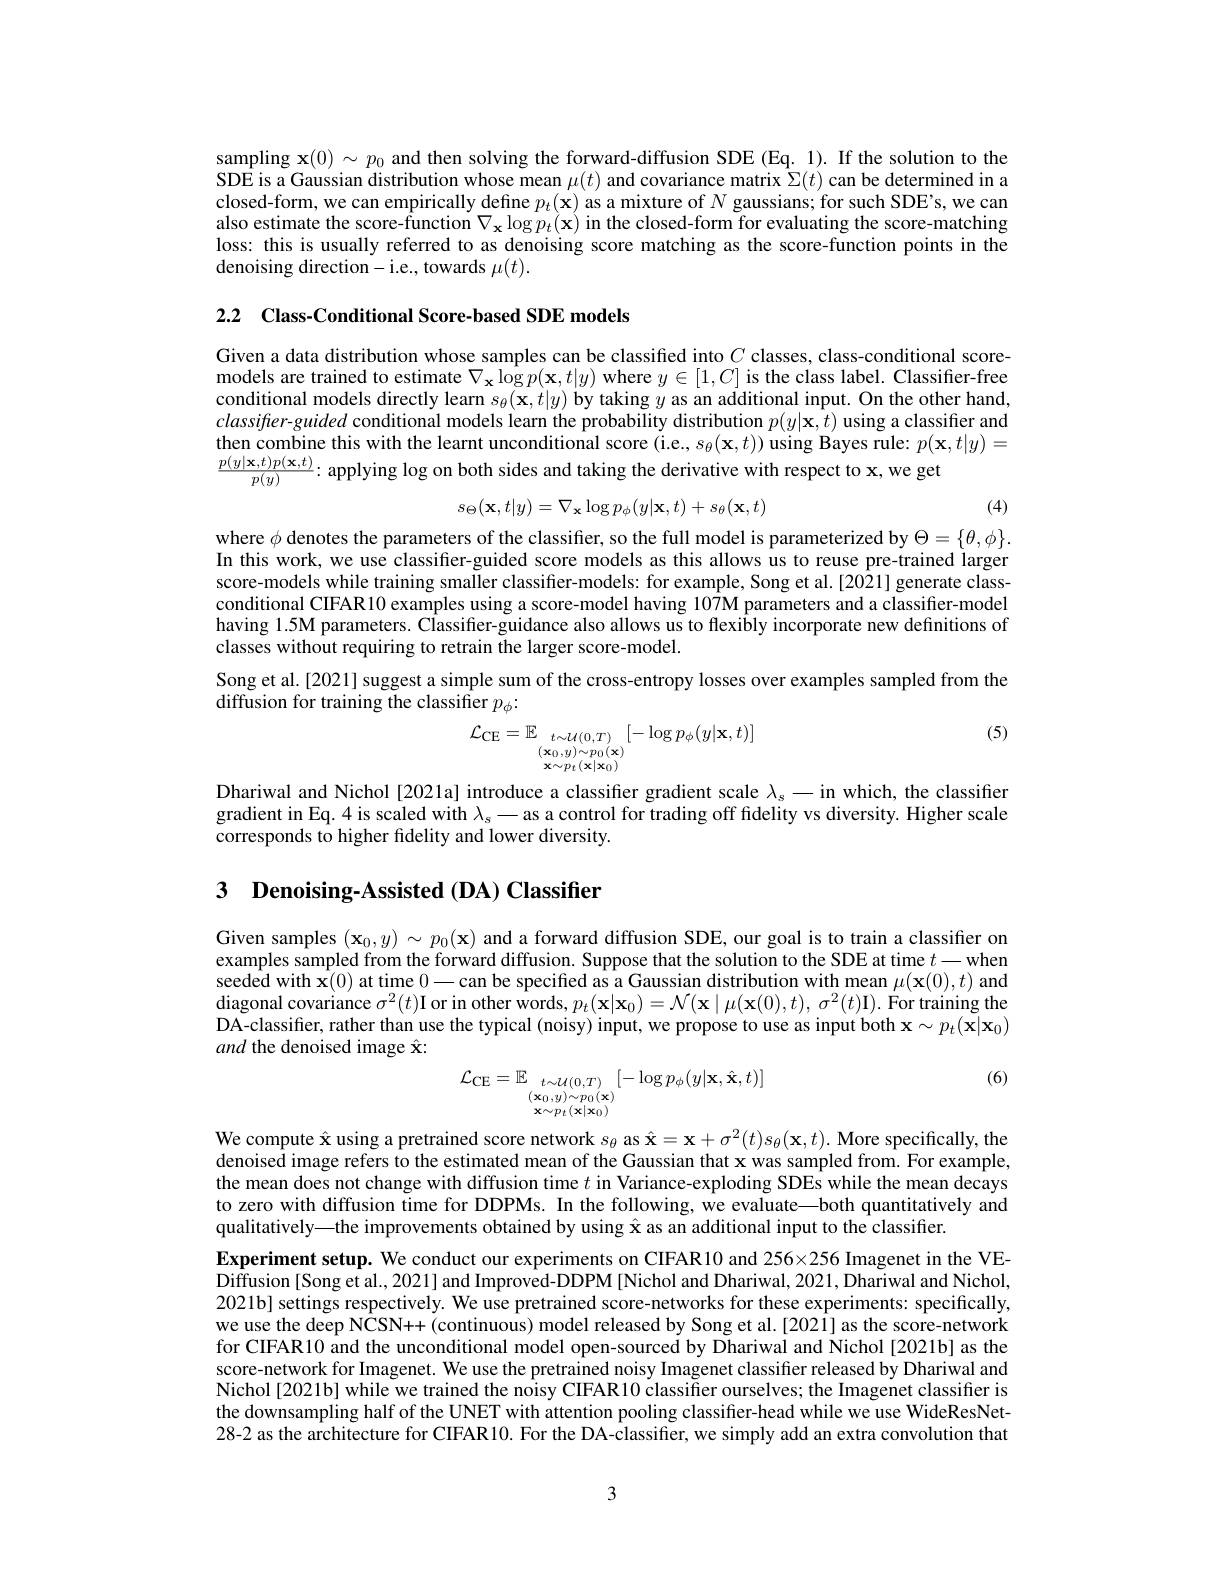
sampling $\mathbf{x}(0)\sim p_0$ and then solving the forward-diffusion SDE (Eq. 1). If the solution to the SDE is a Gaussian distribution whose mean $\mu(t)$ and covariance matrix $\Sigma(t)$ can be determined in a closed-form, we can empirically define $p_t(\mathbf{x})$ as a mixture of $N$ gaussians; for such SDE's, we can also estimate the score-function $\nabla_\mathbf{x}\log p_{t}(\mathbf{x})$ in the closed-form for evaluating the score-matching loss: this is usually referred to as denoising score matching as the score-function points in the denoising direction-i.e., towards $\mu(t).$

2.2 Class-Conditional Score-based SDE models

Given a data distribution whose samples can be classified into $C$ classes, class-conditional scoremodels are trained to estimate $\nabla_\mathbf{x}\log p(\mathbf{x},t|y)$ where $y\in[1,C]$ is the class label. Classifier-free conditional models directly learn $s_\theta(\mathbf{x},t|y)$ by taking $y$ as an additional input. On the other hand, $classifter-guided$ conditional models learn the probability distribution $p(y|\mathbf{x},t)$ using a classifier and then combine this with the learnt unconditional score (i.e., $s_\theta(\mathbf{x},t))$ using Bayes rule: $p(\mathbf{x},t|y)=$ $\frac{p(y|\mathbf{x},t)p(\mathbf{x},t)}{p(y)}\colon$ applying log on both sides and taking the derivative with respect to x, we get

(4)
$$s_{\Theta}(\mathbf{x},t|y)=\nabla_{\mathbf{x}}\log p_{\phi}(y|\mathbf{x},t)+s_{\theta}(\mathbf{x},t)$$
where $\phi$ denotes the parameters of the classifier, so the full model is parameterized by $\Theta=\{\theta,\phi\}.$ In this work, we use classifier-guided score models as this allows us to reuse pre-trained larger score-models while training smaller classifier-models: for example, Song et al.[2021] generate classconditional CIFAR10 examples using a score-model having 107M parameters and a classifier-model having 1.5M parameters. Classifier-guidance also allows us to flexibly incorporate new definitions of classes without requiring to retrain the larger score-model.
Song et al.[2021] suggest a simple sum of the cross-entropy losses over examples sampled from the
diffusion for training the classifier $p_\phi{:}$

(5)
$$\mathcal{L}_{\mathrm{CE}}=\mathbb{E}_{\begin{array}{c}t\sim\mathcal{U}(0,T)\\(\mathbf{x}_{0},y)\sim p_{0}(\mathbf{x})\\\mathbf{x}\sim p_{t}(\mathbf{x}|\mathbf{x}_{0})\end{array}}[-\log p_{\phi}(y|\mathbf{x},t)]$$
Dhariwal and Nichol [2021a] introduce a classifier gradient scale $\lambda_s-$ in which, the classifier gradient in Eq. 4 is scaled with $\lambda_\mathrm{s}-$as a control for trading off fidelity vs diversity. Higher scale corresponds to higher fidelity and lower diversity.

## 3 Denoising-Assisted (DA) Classifier

Given samples $(\mathbf{x}_0,y)\sim p_0(\mathbf{x})$ and a forward diffusion SDE, our goal is to train a classifier on examples sampled from the forward diffusion. Suppose that the solution to the SDE at time $t-$when seeded with $\mathbf{x}(0)$ at time 0-can be specified as a Gaussian distribution with mean $\mu(\mathbf{x}(0),t)$ and diagonal covariance $\sigma^2(t)$I or in other words, $p_t( \mathbf{x} | \mathbf{x} _0) = \mathcal{N} ( \mathbf{x} \mid \mu ( \mathbf{x} ( 0) , t) $, $\sigma ^2( t)$I). For training the DA-classifier, rather than use the typical (noisy) input, we propose to use as input both $\mathbf{x}\sim p_{t}(\tilde{\mathbf{x}}|\mathbf{x}_{0})$ and the denoised image $\hat{\mathbf{x}}:$

(6)
$$\mathcal{L}_{\mathrm{CE}}=\mathbb{E}_{\begin{array}{c}t\sim\mathcal{U}(0,T)\\(\mathbf{x}_{0},y)\sim p_{0}(\mathbf{x})\\\mathbf{x}\sim p_{t}(\mathbf{x}|\mathbf{x}_{0})\end{array}}[-\log p_{\phi}(y|\mathbf{x},\hat{\mathbf{x}},t)]$$
We compute $\hat{\mathbf{x}}$ using a pretrained score network $s_\theta$ as $\hat{\mathbf{x} } = \mathbf{x} + \sigma ^2( t) s_\theta ( \mathbf{x} , t) . \textbf{More specifically, the}$ denoised image refers to the estimated mean of the Gaussian that x was sampled from. For example, the mean does not change with diffusion time $t$ in Variance-exploding SDEs while the mean decays to zero with diffusion time for DDPMs. In the following, we evaluate—both quantitatively and qualitatively—the improvements obtained by using $\hat{\mathbf{x}}$ as an additional input to the classifier.
Experiment setup. We conduct our experiments on CIFAR10 and 256×256 Imagenet in the VEDiffusion[Song et al., 2021] and Improved-DDPM [Nichol and Dhariwal, 2021, Dhariwal and Nichol, 2021b] settings respectively. We use pretrained score-networks for these experiments: specifically, we use the deep NCSN++ (continuous) model released by Song et al.[2021] as the score-network for CIFAR10 and the unconditional model open-sourced by Dhariwal and Nichol [2021b] as the score-network for Imagenet. We use the pretrained noisy Imagenet classifier released by Dhariwal and Nichol [2021b] while we trained the noisy CIFAR10 classifier ourselves; the Imagenet classifier is the downsampling half of the UNET with attention pooling classifier-head while we use WideResNet- 28-2 as the architecture for CIFAR10. For the DA-classifier, we simply add an extra convolution that

3